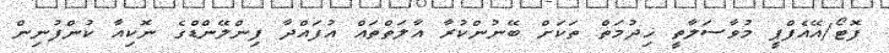
ފޮޓޯ/އޭއެފްޕީ މުވާސަލާތީ ޚިދުމަތް ތަކަށް ބޭނުންކުރާ އާލަތްތައް އުފައްދާ ފިންލޭންޑްގެ ނޮކިއާ ކުންފުނިން